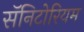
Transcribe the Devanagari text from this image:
सॅनिटोरियम